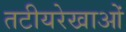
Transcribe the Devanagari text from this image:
तटीयरेखाओं